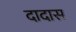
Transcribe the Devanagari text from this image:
दादास